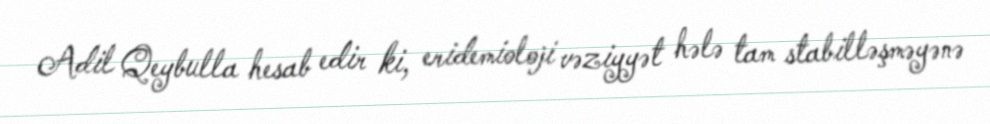
Adil Qeybulla hesab edir ki, eridemioloji vəziyyət hələ tam stabilləşməyənə